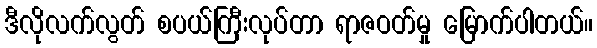
ဒီလိုလက်လွတ် စပယ်ကြီးလုပ်တာ ရာဇဝတ်မှု မြောက်ပါတယ်။